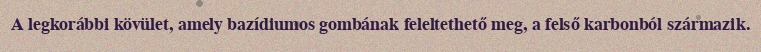
A legkorábbi kövület, amely bazídiumos gombának feleltethető meg, a felső karbonból származik.